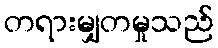
တရားမျှတမှုသည်